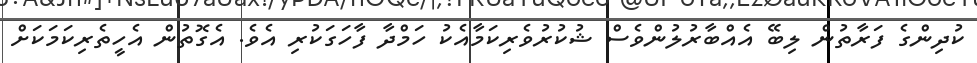
ކުދިންގެ ފަރާތުން ލިބޭ އެއްބާރުލުންވެސް ޝުކުރުވެރިކަމާއެކު ހަމްދާ ފާހަގަކުރި އެވެ. އެގޮތުން އެހީތެރިކަމަކަށް